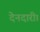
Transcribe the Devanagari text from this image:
देनदारी।